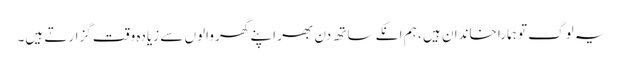
یہ لوگ تو ہمارا خاندان ہیں ، ہم انکے ساتھ دن بھر اپنے گھر والوں سے زیادہ وقت گزارتے ہیں۔